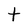
Character: t